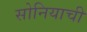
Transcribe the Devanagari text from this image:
सोनियाची